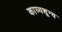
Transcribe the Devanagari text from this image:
काव्यशून्य